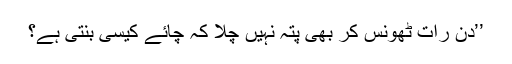
’’دن رات ٹھونس کر بھی پتہ نہیں چلا کہ چائے کیسی بنتی ہے؟